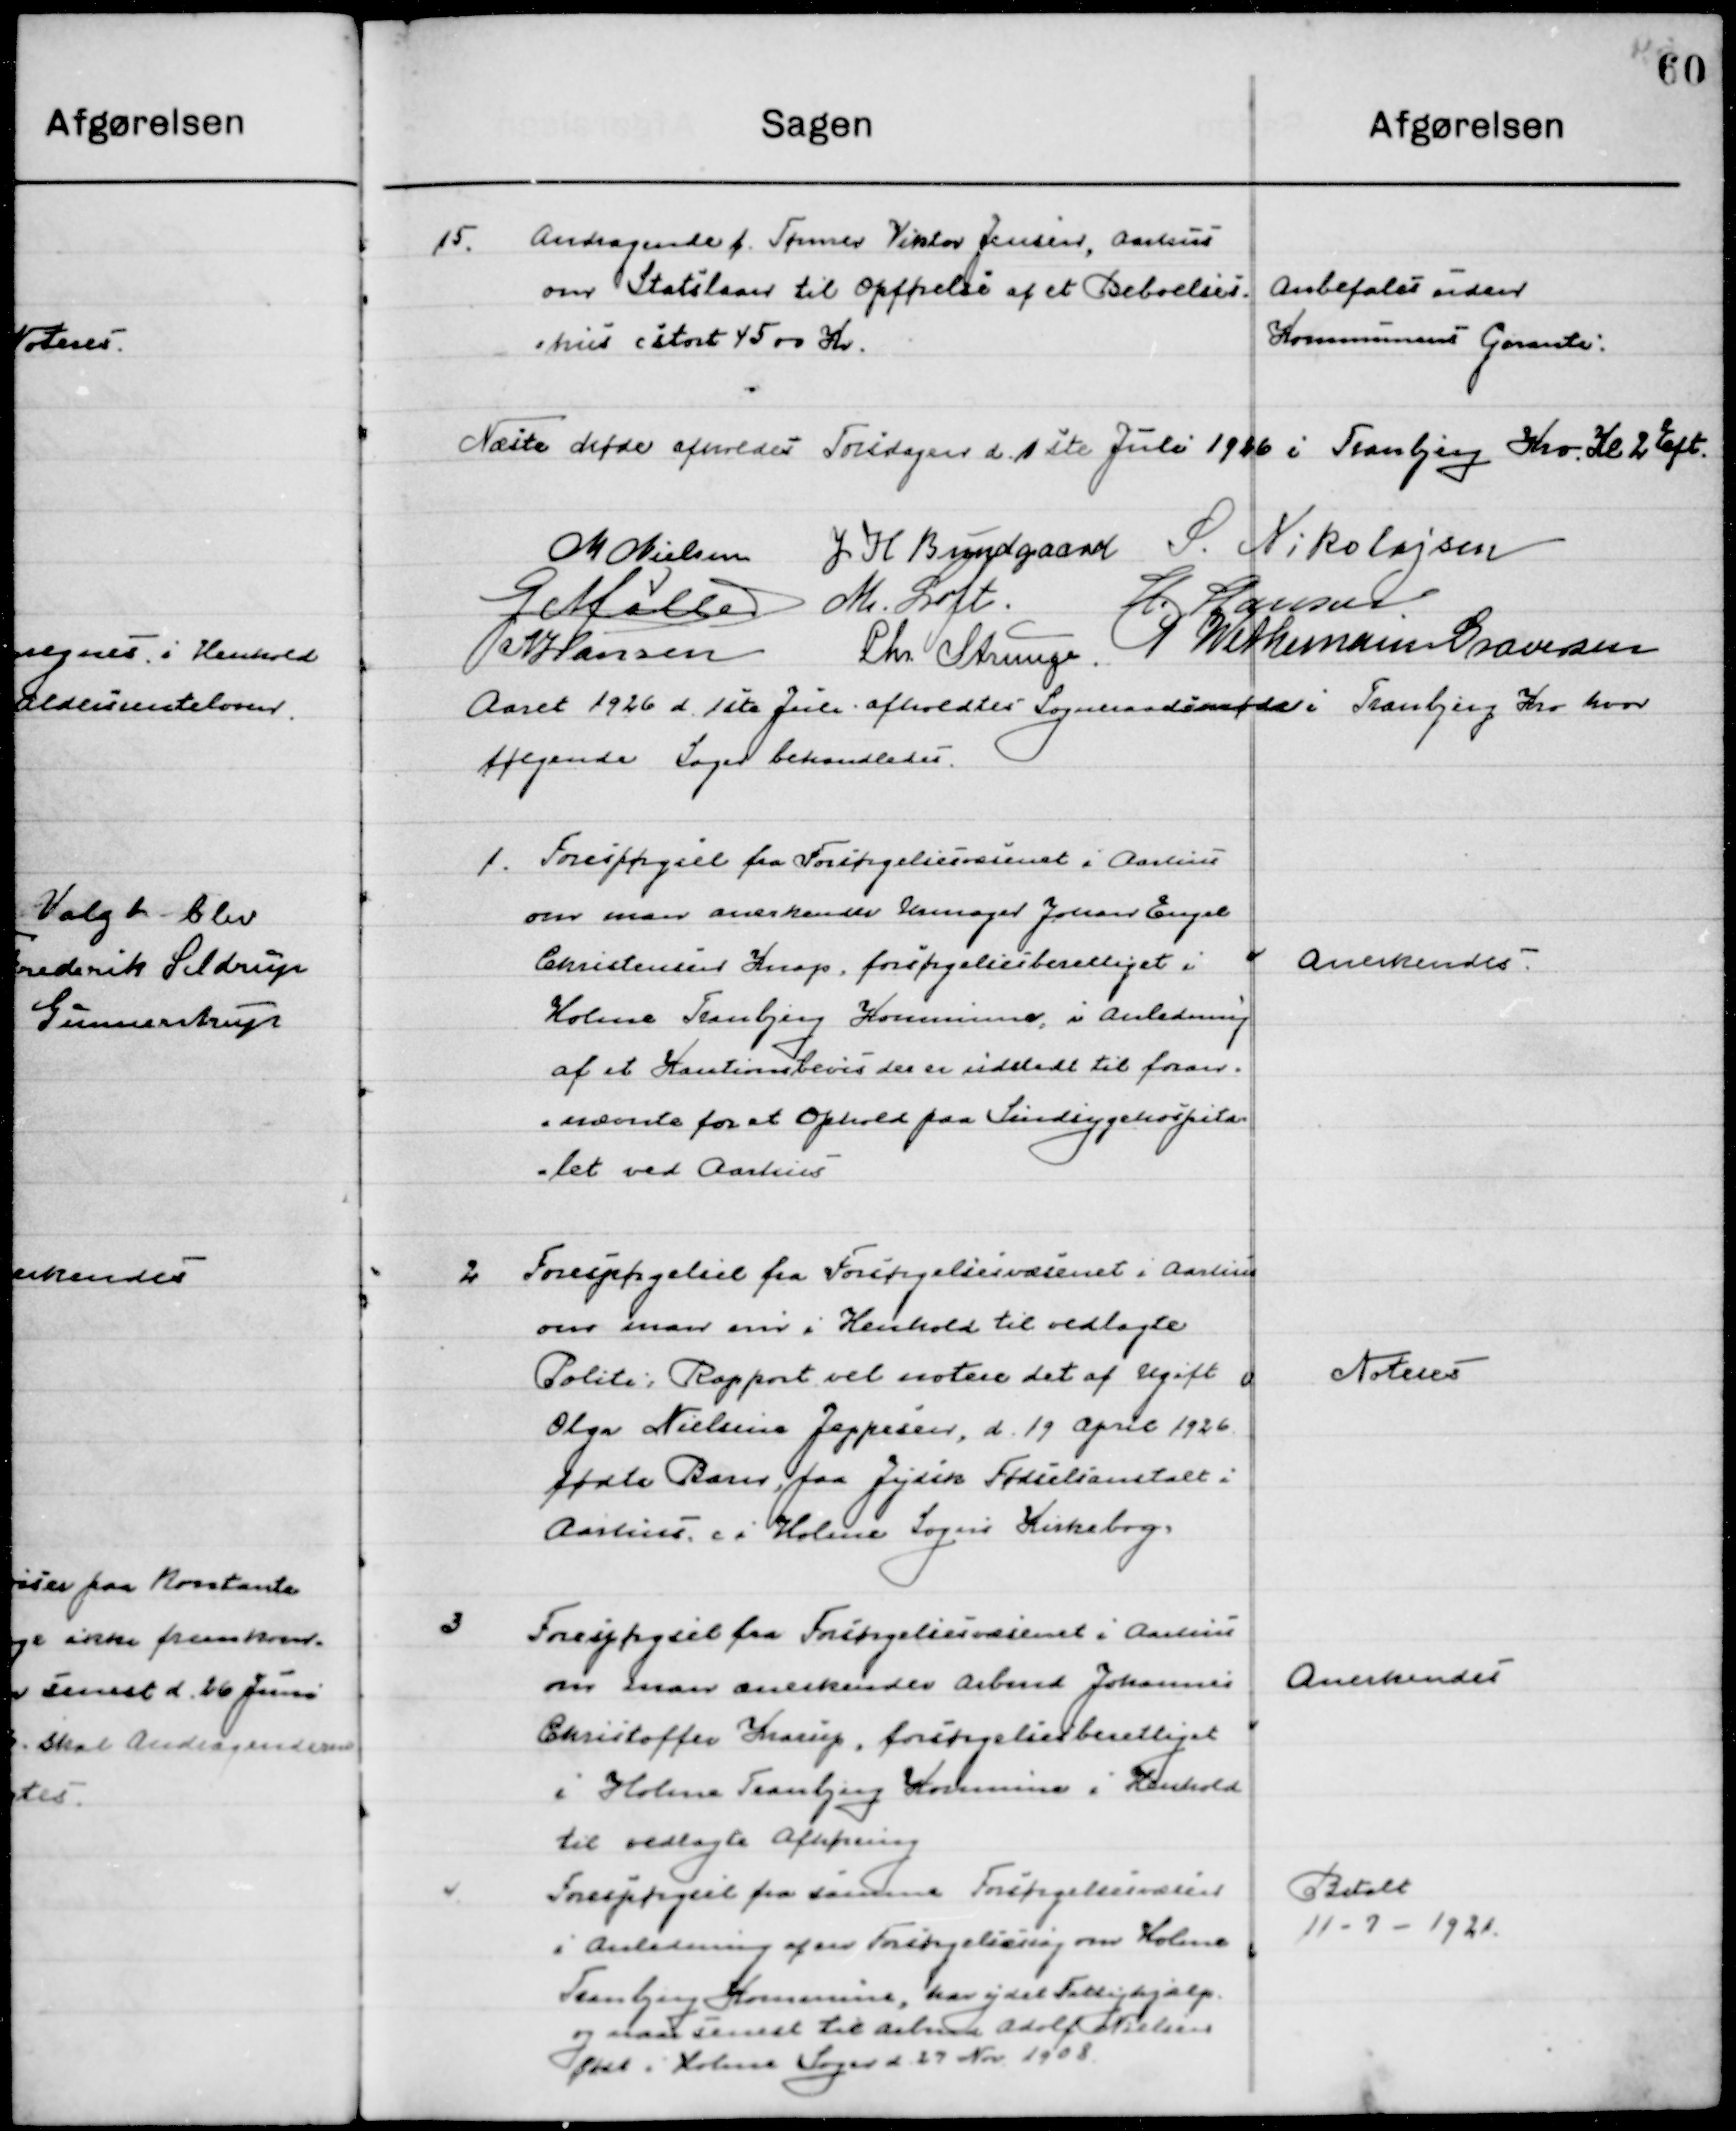
Transskription:
15

Andragende f. Tømrer Victor Jensen, Aarhus
om Statslaan til Opførelse af et Beboelses- 
hus stort 4500 Kr.

Anbefales uden
Kommunens Garanti

Næste Møde afholdes Torsdag d. 1ste Juli 1926 i Tranbjerg Kro Kl. 2 Eft.

M. Nielsen
J. H. Bundgaard
S. Nikolajsen
G. Møller
M. Loft
H. Hansen
N. Hansen
Chr. Strunge
P. Wethemann Graverse

Aaret 1926 d. 1ste Juli afholdtes Sogneraadsmøde i Tranbjerg Kro hvor 
følgende Sager behandledes.

1

Forespørgsel fra Forsørgelsesvæsenet i Aarhus 
om man anerkender Urmager Johanes Eregel
Christensens Knap forsørgelsesberettiget I 
Holme Tranbjerg Kommune i anledning
af et Kautionsbevis der er udstedt til foran-
nævnte for at Opholde paa Sindsygehospita- 
let ved Aarhus.

Anerkendes

2

Forespørgsel fra Forsørgelsesvæsenet i Aarhus 
om man om i Henholdt til Vedlagte
Politi Rapport vil notere det af Ugift
Olga Nielsine Jeppesen, d. 19 April 1926 
Fødte Barn, paa Jydsk Fødselsanstalt i 
Aarhus, d. i Holme Sogns Kirkebog.

Noteres

3

Forespørgsel fra Forsørgelsesvæsenet i Aarhus 
om man anerkender Arbmd. Johannes
Cristoffer Krarup, Forsørgelsesberettiget
i Holme Tranbjerg Kommune i Henhold
til vedlagte Afhøring.

Anerkendes

4

Forespørgsel fra samme Forsørgelsesvæsen
i anledning af en Forsørgelsesmæssig om Holme
Tranbjerg Kommune, har ydet Fattighjælp
og maa senest til Arbmd. Adolf Nielsen 
født i Holme Sogn d. 27 Nov. 1908.

Betalt
11-7-1921.